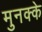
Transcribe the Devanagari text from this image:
मुनक्के